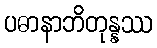
ပဓာနာဘိတုန္နဿ